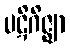
ပဋိဂိဇ္ဈာ